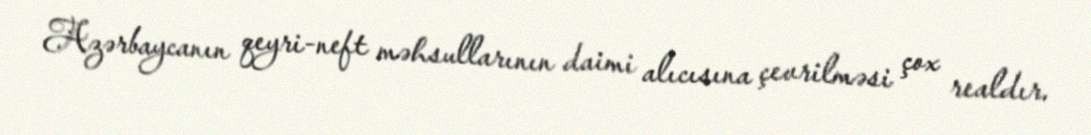
Azərbaycanın qeyri-neft məhsullarının daimi alıcısına çevrilməsi çox realdır.